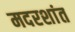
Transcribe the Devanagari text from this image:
मदरशांत